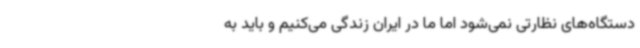
دستگاه‌های نظارتی نمی‌شود اما ما در ایران زندگی می‌کنیم و باید به